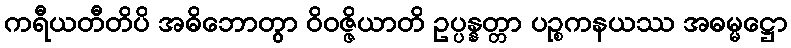
ကရီယတီတိပိ အဓိဘောတွာ ဝိဝဇ္ဇိယာတိ ဥပ္ပန္နတ္တာ ပဉ္စကနယဿ အဓမ္မဋ္ဌော